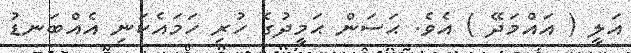
އަލީ ( އައްމަދޭ ) އެވެ. ޙަސަން ޙަމީދުގެ ހުރި ހަމައެކަނި އެއްބަނޑު